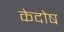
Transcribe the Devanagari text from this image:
केदोष